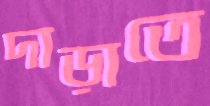
দাড়াতে